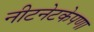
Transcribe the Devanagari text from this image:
नीटनेटकेपणा